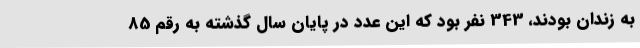
به زندان بودند، 343 نفر بود که این عدد در پایان سال گذشته به رقم 85